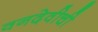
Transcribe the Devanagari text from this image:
वनदेवीची